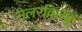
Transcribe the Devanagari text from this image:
मलरविलक्कु